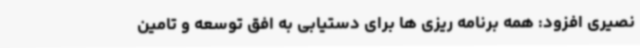
نصیری افزود: همه برنامه ریزی ها برای دستیابی به افق توسعه و تامین